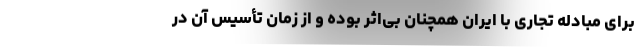
برای مبادله تجاری با ایران همچنان بی‌اثر بوده و از زمان تأسیس آن در